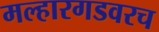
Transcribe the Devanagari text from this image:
मल्हारगडवरच